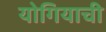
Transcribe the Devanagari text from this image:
योगियाची